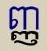
ញ្ញ